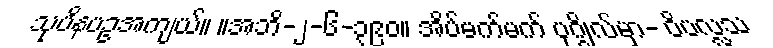
သုပိနပဥအကျယ်။ ။အဘိ-၂-၆-၃၉၀။ အိပ်မက်မက် ပုဂ္ဂိုလ်မှာ- ဝိပလ္လသ